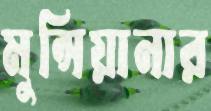
মুন্সিয়ানার